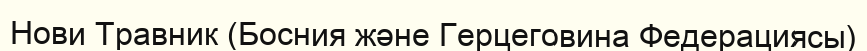
Нови Травник (Босния және Герцеговина Федерациясы)